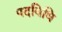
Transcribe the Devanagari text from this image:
पदविधि